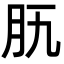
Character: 𦘵